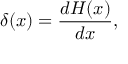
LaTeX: \delta ( x ) = { \frac { d H ( x ) } { d x } } ,